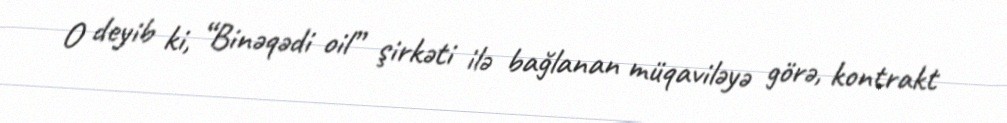
O deyib ki, “Binəqədi oil” şirkəti ilə bağlanan müqaviləyə görə, kontrakt